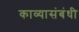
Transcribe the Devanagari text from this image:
काव्यासंबंधी